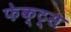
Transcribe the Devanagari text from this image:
फेक्ट्स